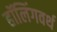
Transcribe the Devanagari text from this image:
हॉलिंगवर्थ